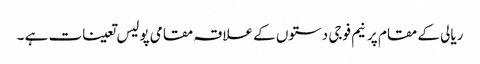
ریالی کے مقام پر نیم فوجی دستوں کے علاقہ مقامی پولیس تعینات ہے ۔